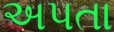
અપતા